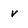
Character: v